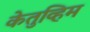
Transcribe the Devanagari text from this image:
केतुव्हिम